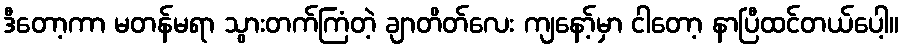
ဒီတော့ကာ မတန်မရာ သွားတက်ကြံတဲ့ ချာတိတ်လေး ကျနော့်မှာ ငါတော့ နာပြီထင်တယ်ပေါ့။